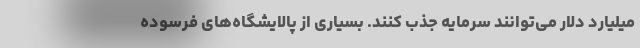
میلیارد دلار می‌توانند سرمایه جذب کنند. بسیاری از پالایشگاه‌های فرسوده